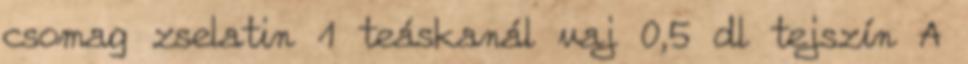
csomag zselatin 1 teáskanál vaj 0,5 dl tejszín A